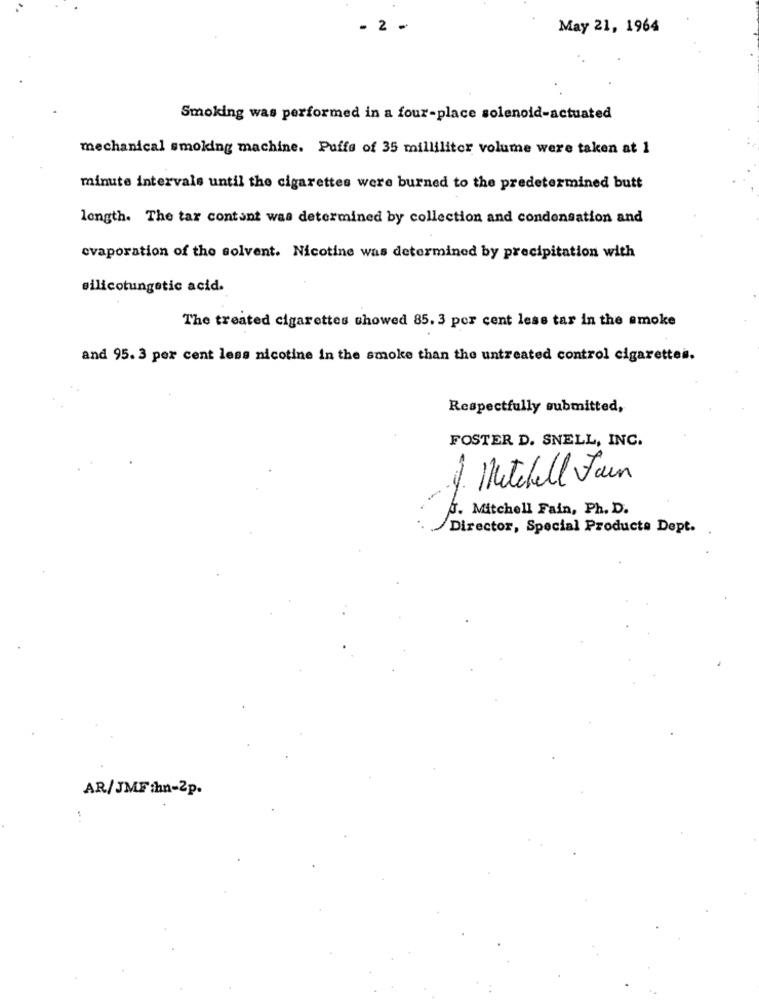
- 2 -
May 21, 1964
Smoking was performed in a four-place solenoid-actuated
mechanical smoking machine. Puffe of 35 milliliter volume were taken at 1
minute intervals until the cigarettes were burned to the predetermined butt
length. The tar contant was determined by collection and condensation and
evaporation of the solvent. Nicotine was determined by precipitation with
silicotungetic acid.
The treated cigarettes showed 85. 3 per cent less tar in the smoke
and 95. 3 per cent less nicotine in the smoke than the untreated control cigarettes.
Respectfully submitted,
FOSTER D. SNELL, INC.
Mitchell Faun
.1
6. Mitchell Fain, Ph. D.
Director, Special Products Dept.
AR/JMF :hn-2p.